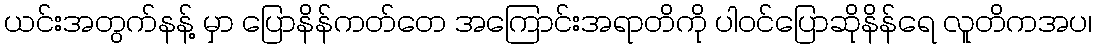
ယင်းအတွက်နန့် မှာ ပြောနိန်ကတ်တေ အကြောင်းအရာတိကို ပါဝင်ပြောဆိုနိန်ရေ လူတိကအပ၊